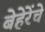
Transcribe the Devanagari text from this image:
बेहेरेंचे